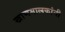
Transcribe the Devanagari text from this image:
खाणमालकांनी